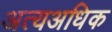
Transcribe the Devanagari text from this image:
अत्यअधिक